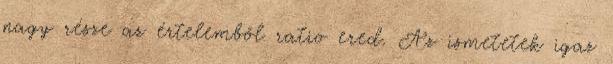
nagy része az értelemből ratio ered. Az ismetetek igaz